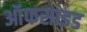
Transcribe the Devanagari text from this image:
ऑफसाइड